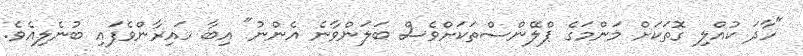
"ހާދަ ކުއްލި ގޮތަކަށް މަންމަގެ ޕްލޭންސްތަކަށްވެސް ބަލަންވާނެ އެންނު" އިބާ ހައިރާންވެފައި ބުނެލިއެވެ.